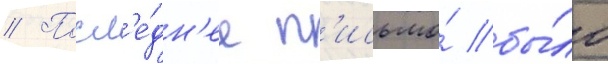
// Посл'е́дн'ее п'исьмо́ бы́ло